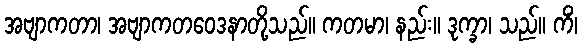
အဗျာကတာ၊ အဗျာကတဝေဒနာတို့သည်။ ကတမာ၊ နည်း။ ဒုက္ခာ၊ သည်။ ကိံ၊